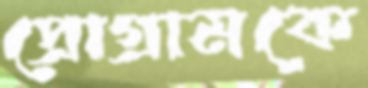
প্রোগ্রামকে